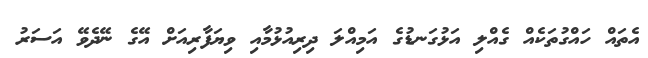
އެތައް ހައްގުތަކެއް ގެއްލި އަޅުގަނޑުގެ އަމިއްލަ ދިރިއުޅުމާއި ވިޔަފާރިއަށް އޭގެ ނޭދެވޭ އަސަރު